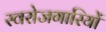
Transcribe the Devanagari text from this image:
स्वरोजगारियों